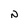
Character: N